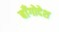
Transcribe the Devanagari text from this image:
बाँगोदेश